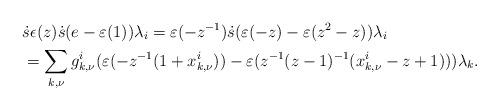
LaTeX: \begin{align*} &\ \dot{s}\epsilon(z)\dot{s}(e-\varepsilon(1))\lambda_i = \varepsilon(-z^{-1}) \dot{s} (\varepsilon(-z)- \varepsilon(z^2-z)) \lambda_i \\ &\ = \sum_{k,\nu} g^i_{k,\nu} (\varepsilon(-z^{-1}(1+x^i_{k,\nu}))-\varepsilon(z^{-1}(z-1)^{-1}(x^i_{k,\nu}-z+1)) )\lambda_k.\end{align*}